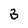
Character: 3